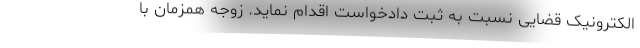
الکترونیک قضایی نسبت به ثبت دادخواست اقدام نماید. زوجه همزمان با